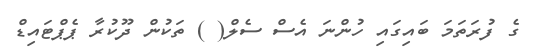
ގެ ފުރަތަމަ ބައިގައި ހުންނަ އެސް ސެލް( ) ތަކުން ދޫކުރާ ޕެޕްޓައިޑް